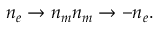
n _ { e } \rightarrow n _ { m } n _ { m } \rightarrow - n _ { e } .